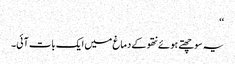
‘‘
یہ سوچھتے ہوئے نتھو کے دماغ میں ایک بات آئی۔